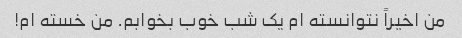
من اخیراً نتوانسته ام یک شب خوب بخوابم. من خسته ام!